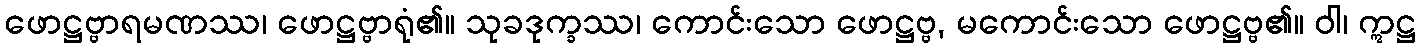
ဖောဋ္ဌဗ္ဗာရမဏဿ၊ ဖောဋ္ဌဗ္ဗာရုံ၏။ သုခဒုက္ခဿ၊ ကောင်းသော ဖောဋ္ဌဗ္ဗ, မကောင်းသော ဖောဋ္ဌဗ္ဗ၏။ ဝါ၊ ဣဋ္ဌ